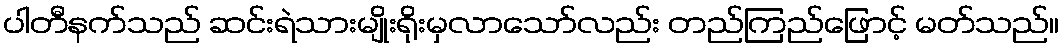
ပါတီနက်သည် ဆင်းရဲသားမျိုးရိုးမှလာသော်လည်း တည်ကြည်ဖြောင့် မတ်သည်။